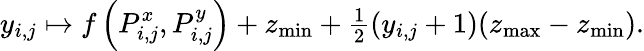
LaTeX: y_{i,j}\mapsto f\left(P_{i,j}^{x},P_{i,j}^{y}\right)+z_{\operatorname*{min}}+\textstyle\frac{1}{2}(y_{i,j}+1)(z_{\operatorname*{max}}-z_{\operatorname*{min}}).